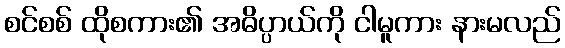
စင်စစ် ထိုစကား၏ အဓိပ္ပာယ်ကို ငါမူကား နားမလည်